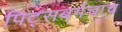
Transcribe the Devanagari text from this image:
पिट्सबर्गचाच